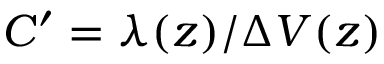
C ^ { \prime } = \lambda ( z ) / \Delta V ( z )